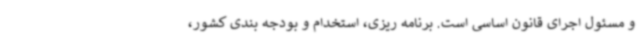
و مسئول اجرای قانون اساسی است. برنامه ریزی، استخدام و بودجه بندی کشور،